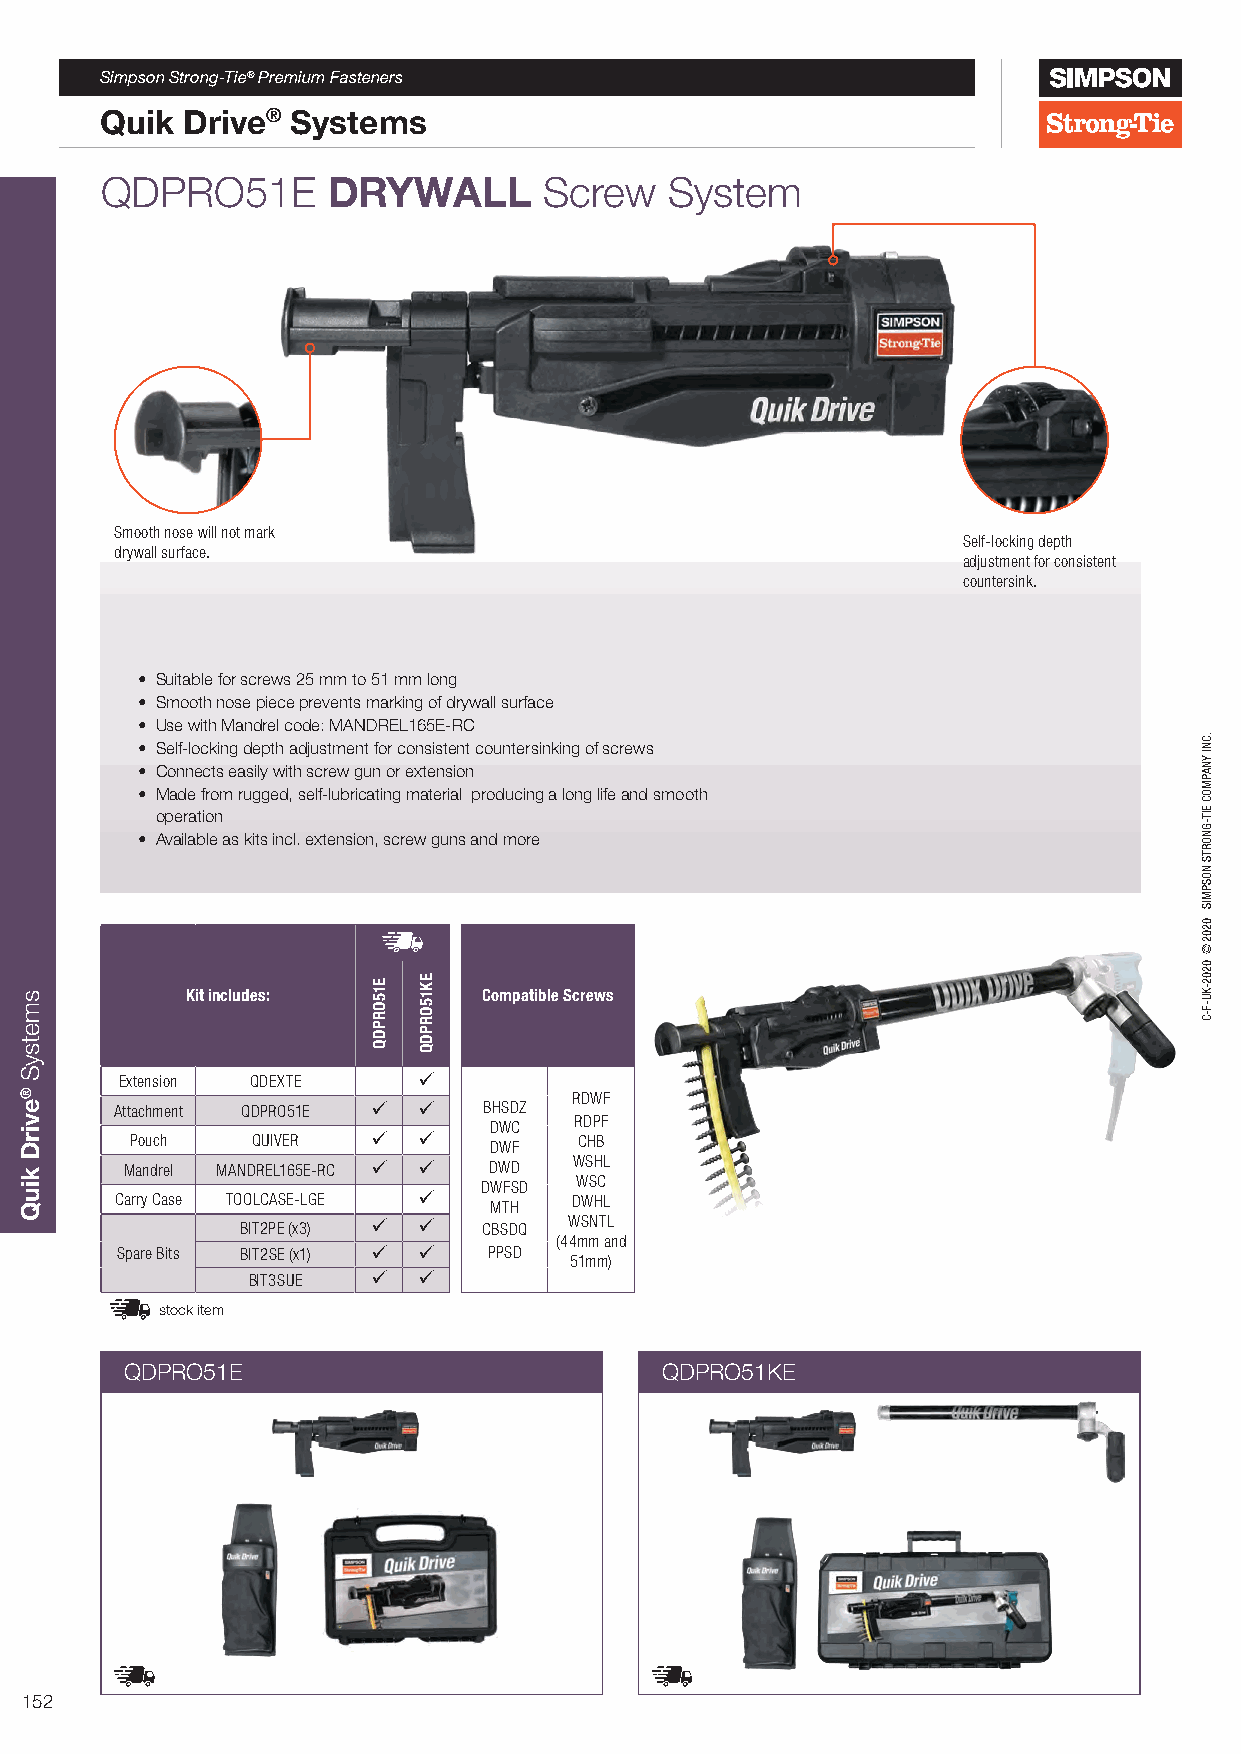
Simpson Strong-Tie® Premium Fasteners
 Quik Drive® Systems
 QDPRO51E       DRYWALL       Screw   System
 Smooth nose will not mark
 Self-locking depth
 drywall surface.
 adjustment for consistent
 countersink.
 • Suitable for screws 25 mm to 51 mm long
 • Smooth nose piece prevents marking of drywall surface
 • Use with Mandrel code: MANDREL165E-RC
 • Self-locking depth adjustment for consistent countersinking of screws
 • Connects easily with screw gun or extension
 • Made from rugged, self-lubricating material producing a long life and smooth
 operation
 • Available as kits incl. extension, screw guns and more
 Kit includes:       Compatible Screws
 Extension QDEXTE    
 RDWF
 Attachment QDPRO51E   BHSDZ
 DWC   RDPF
 Pouch   QUIVER       DWF   CHB
 Mandrel MANDREL165E-RC   DWD WSHL
 DWFSD WSC
 Carry Case TOOLCASE-LGE  MTH DWHL
 BIT2PE (x3)   CBSDQ WSNTL
 (44mm and
 Spare Bits BIT2SE (x1)   PPSD
 51mm)
 BIT3SUE    
 stock item
 QDPRO51E                            QDPRO51KE
 152
 smetsyS
 ®evirD
 kiuQ
 E15ORPDQ EK15ORPDQ
 .CNI
 YNAPMOC
 EIT-GNORTS
 NOSPMIS
 0202©
 0202-KU-F-C